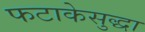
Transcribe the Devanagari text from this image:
फटाकेसुद्धा